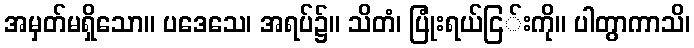
အမှတ်မရှိသော။ ပဒေသေ၊ အရပ်၌။ သိတံ၊ ပြုံးရယ်ငြ်းကို။ ပါတွာကာသိ၊